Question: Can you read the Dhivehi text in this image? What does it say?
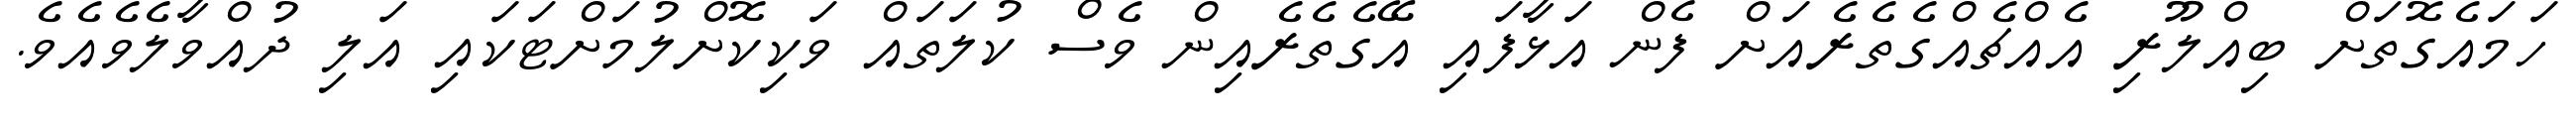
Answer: ހަމައެގޮތަށް ބިއްލޫރި އެއްޗެއްގެތެރެއަށް ފެން އަޅާފައި އޭގެތެރެއިން ވެސް ކުލަތައް ވަކިކޮށްލުމަށްޓަކައި އަލި ދުއްވާލެވެއެވެ.